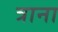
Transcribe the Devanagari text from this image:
त्राना